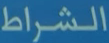
الشراط